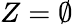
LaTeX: Z=\emptyset